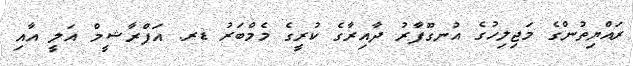
ރައްޔިތުންގެ މަޖިލިހުގެ އުނގޫފާރު ދާއިރާގެ ކުރީގެ މެމްބަރު ޑރ. އަފްރާޝީމް އަލީ އާއި